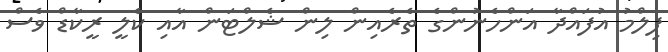
ފިލްމު އުފައްދާ އަންހެނުންގެ ތެރެއިން ލިން ޝެލްޓަން އާއި ކެލީ ރީކާޑް ވެސް